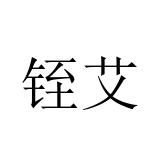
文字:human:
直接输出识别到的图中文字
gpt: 铚艾